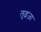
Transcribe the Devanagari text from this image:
लुइज़ा